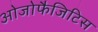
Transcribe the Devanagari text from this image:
ओजोफैजिटिस